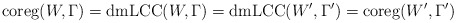
\begin{align*}\mathrm{coreg}(W,\Gamma)=\mathrm{dmLCC}(W,\Gamma)=\mathrm{dmLCC}(W',\Gamma')=\mathrm{coreg}(W',\Gamma')\end{align*}